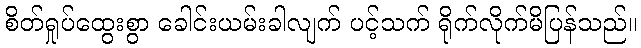
စိတ်ရှုပ်ထွေးစွာ ခေါင်းယမ်းခါလျက် ပင့်သက် ရိုက်လိုက်မိပြန်သည်။